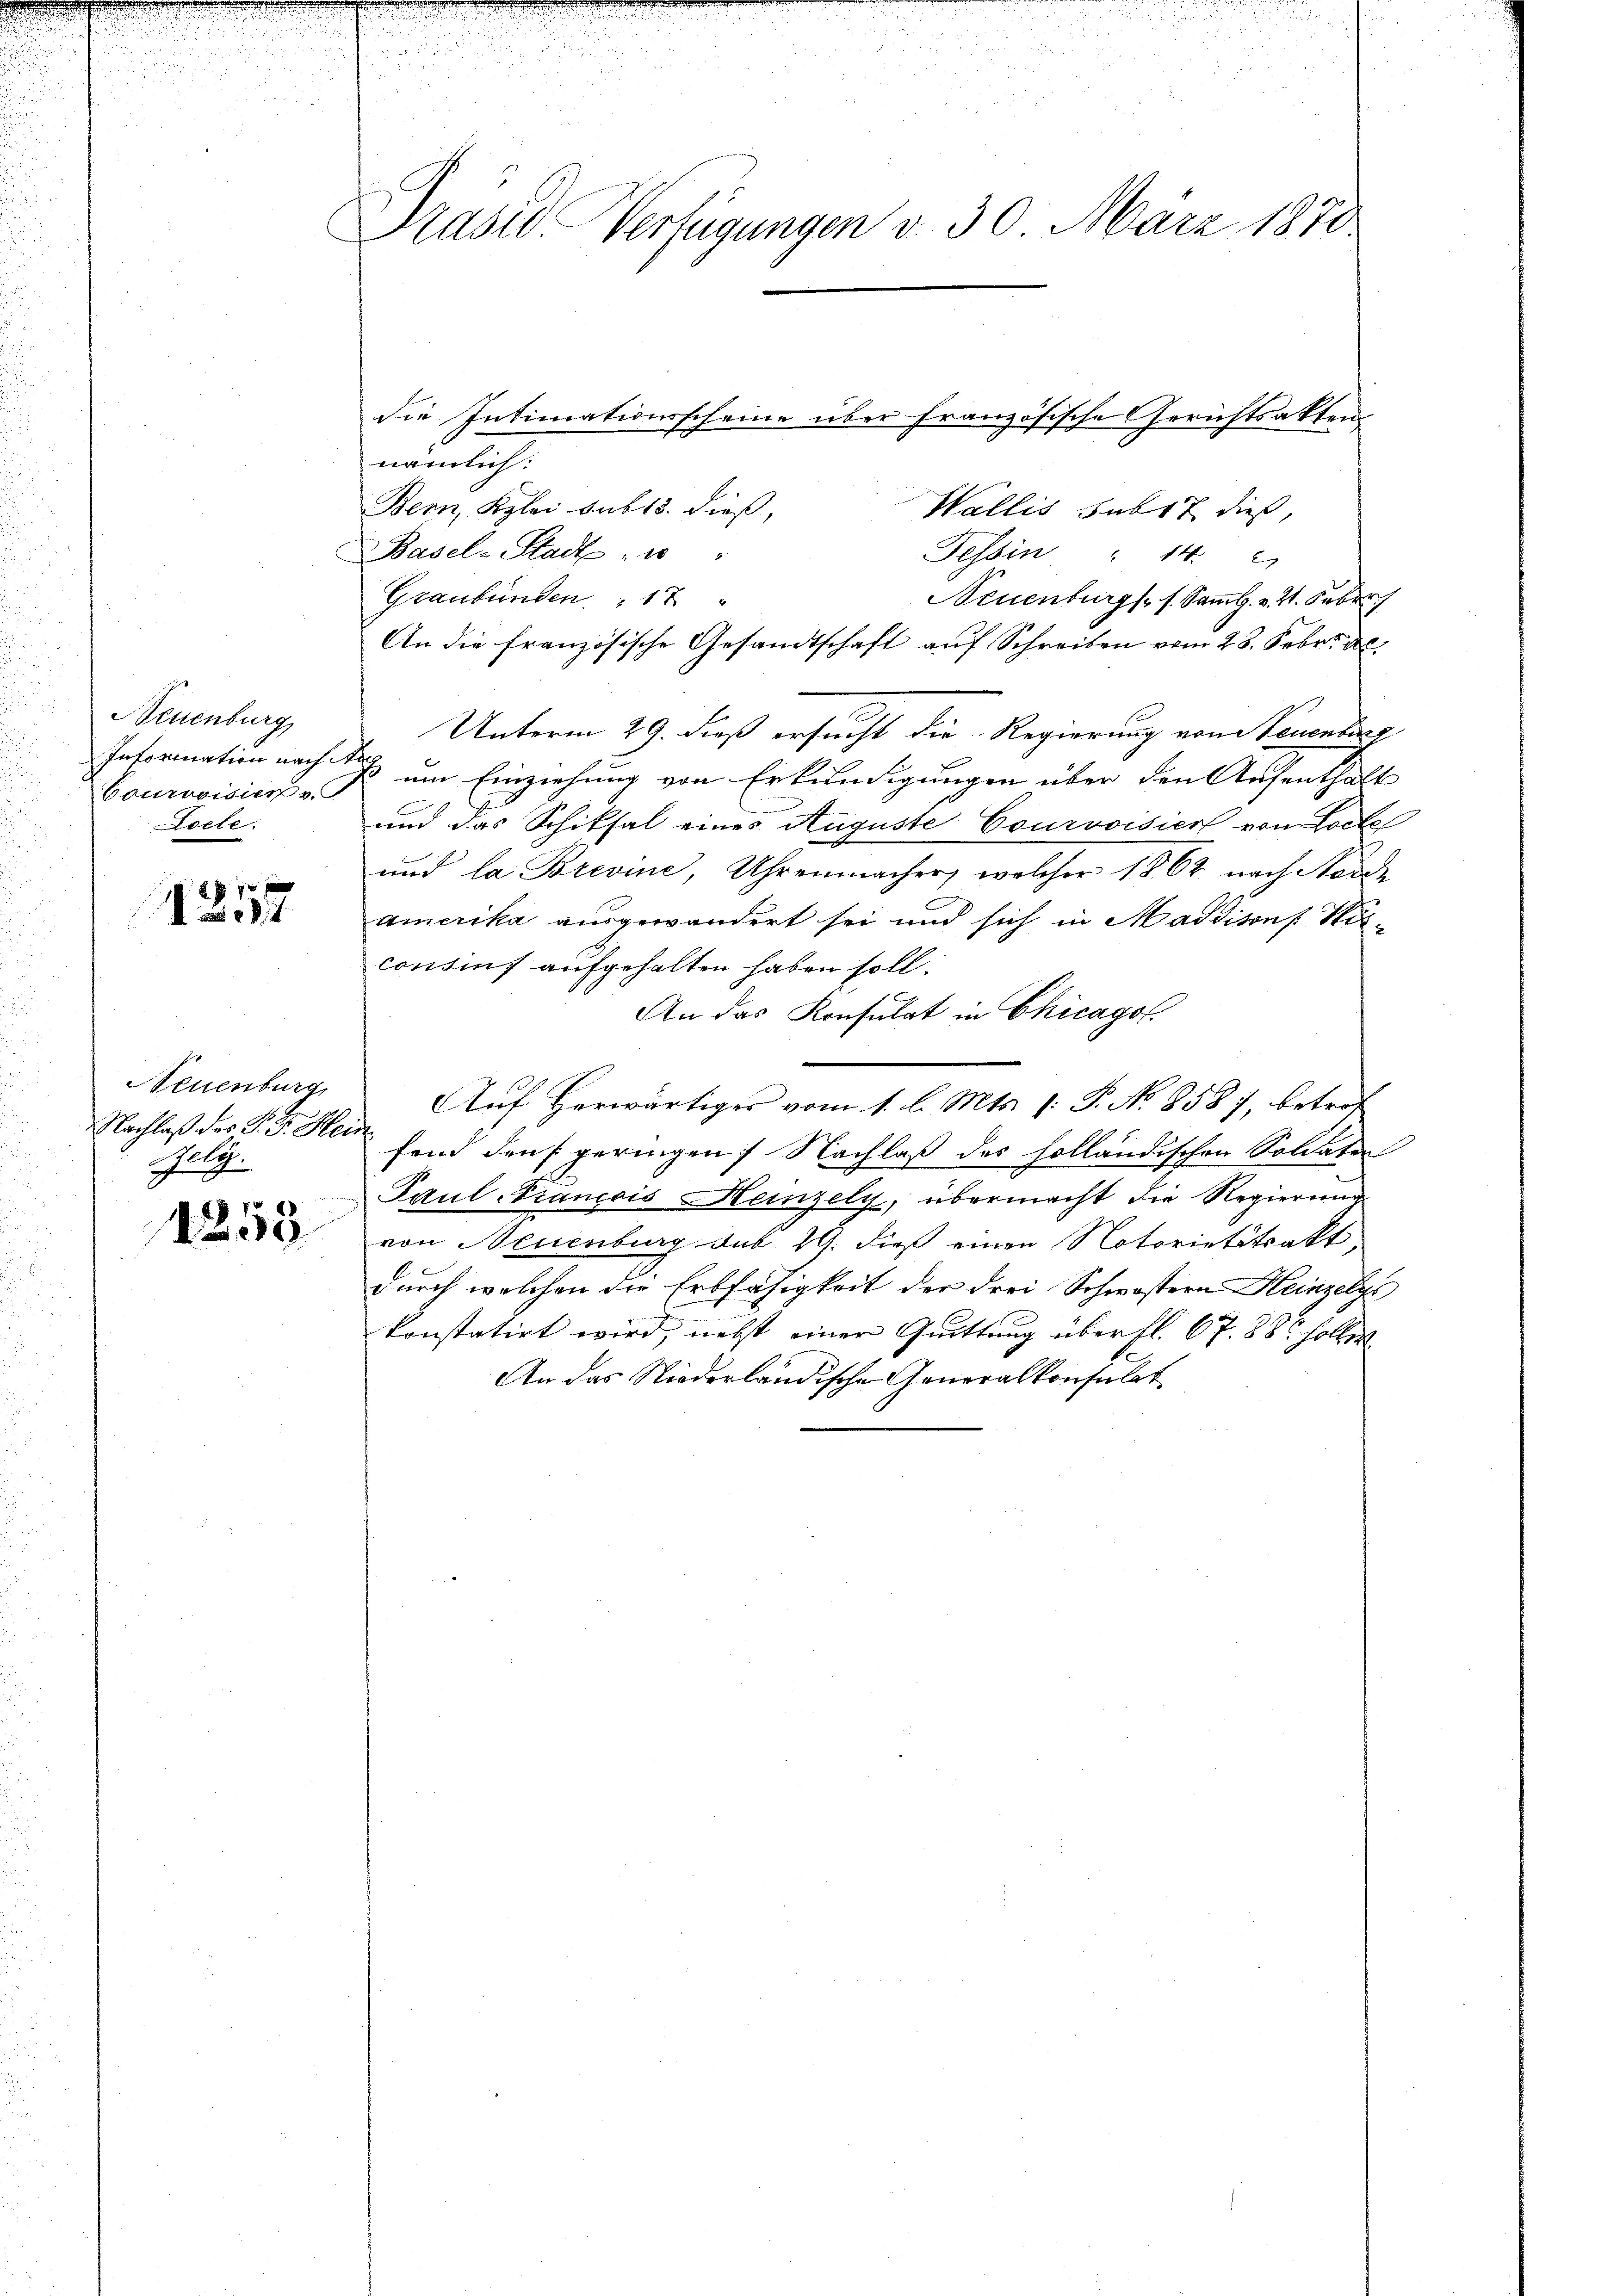
.

Neuenburg
Information nach Aug
Courvoisier v.
Coele.

1257

Neuenburg
Nachlaß der P. F. Hein
Helg.

1253

Präses Verfügungen v. 30. März 1870

nämlich:
Bern, Kzlei sub 15. dieß,
Wallis sub 17 dieß,
Basel-Stadt, u
Tessin " 14.
Graubünden 17 "
Neuenburgs s. Samml. v. 21. Febru
An die französische Gesandtschaft auf Schreiben vom 28. Febr. d
Unterm 29. dieß ersucht die Regierung von Neuenburg
um Einziehung von Erkundigungen über den Aufenthalt
und das Schiksal eines Auguste Courvoisiert von Locke
und la Brevine, Uhrenmacher, welcher 1862 nach Norde
amerika ausgewandert sei und sich in Madditons Kirconsis aufgehalten haben soll.
An das Konsulat in Chicagot.
Auf Herwärtiges vom 1. l. Mts. (: P. No 8587, betrof
fend den s geringen Nachlaß des holländischen Soldaten
Paul Francois Heinzely, übermacht die Regierung
von Neuenburg sub. 2. dieß einen Notorietätsakt
durch welchen die Erbfähigkeit der drei Schwestern Heinzelge
konstatirt wird, nebst einer Quittung überfl. 67. 88. soller
An das Niederländische Generalkonsulat

die Intimationsscheine über französische Gerichtsakten.